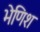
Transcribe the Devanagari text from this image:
भेणिश